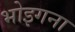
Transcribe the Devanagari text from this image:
भोइगना